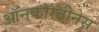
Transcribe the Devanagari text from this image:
ऑनकॉग्जीनेस